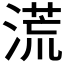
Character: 𣺬